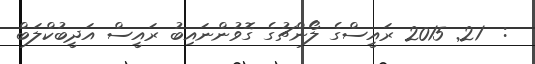
:  21